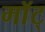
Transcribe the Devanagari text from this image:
माॅट्